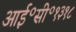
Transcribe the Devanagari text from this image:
आई॰सी॰१३१८